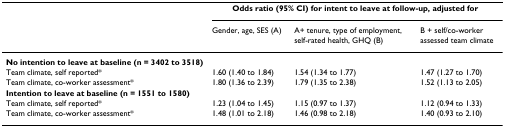
<table><thead><tr><td></td><td colspan="3"><b>Odds ratio (95% CI) for intent to leave at follow-up, adjusted for</b></td></tr><tr><td></td><td><b>Gender, age, SES (A)</b></td><td><b>A+ tenure, type of employment, self-rated health, GHQ (B)</b></td><td><b>B + self/co-worker assessed team climate</b></td></tr></thead><tbody><tr><td><b>No intention to leave at baseline (n = 3402 to 3518)</b></td><td></td><td></td><td></td></tr><tr><td>Team climate, self reported*</td><td>1.60 (1.40 to 1.84)</td><td>1.54 (1.34 to 1.77)</td><td>1.47 (1.27 to 1.70)</td></tr><tr><td>Team climate, co-worker assessment*</td><td>1.80 (1.36 to 2.39)</td><td>1.79 (1.35 to 2.38)</td><td>1.52 (1.13 to 2.05)</td></tr><tr><td><b>Intention to leave at baseline (n = 1551 to 1580)</b></td><td></td><td></td><td></td></tr><tr><td>Team climate, self reported*</td><td>1.23 (1.04 to 1.45)</td><td>1.15 (0.97 to 1.37)</td><td>1.12 (0.94 to 1.33)</td></tr><tr><td>Team climate, co-worker assessment*</td><td>1.48 (1.01 to 2.18)</td><td>1.46 (0.98 to 2.18)</td><td>1.40 (0.93 to 2.10)</td></tr></tbody></table>